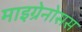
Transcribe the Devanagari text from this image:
माइग्रेनोसस